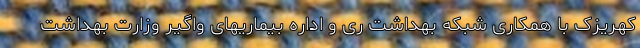
کهریزک با همکاری شبکه بهداشت ری و اداره بیماریهای واگیر وزارت بهداشت